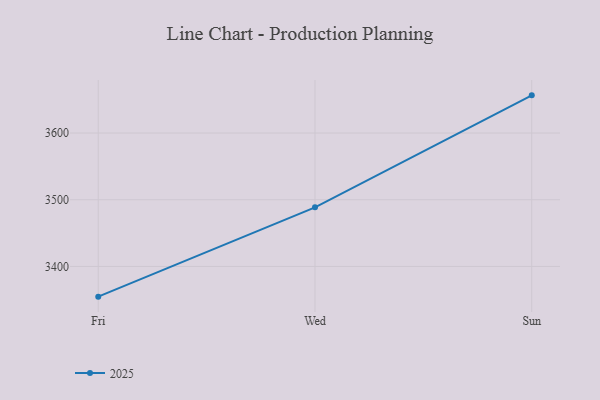
{"axis": {"x": "Day", "y": "Budget (USD K)"}, "legend": ["2025"], "data": [{"x": "Fri", "y": 3354.7, "type": "2025"}, {"x": "Wed", "y": 3488.6, "type": "2025"}, {"x": "Sun", "y": 3656.5, "type": "2025"}]}